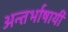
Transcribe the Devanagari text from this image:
अन्तर्भाषायी